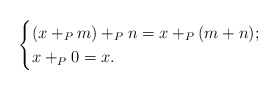
\begin{align*}\begin{cases}(x +_P m) +_P n = x +_P (m+n);\\x +_P 0 = x.\end{cases}\end{align*}